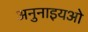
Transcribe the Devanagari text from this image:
अनुनाइयओ